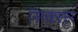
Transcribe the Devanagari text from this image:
सिक्सर